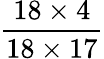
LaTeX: \frac{18\times 4}{18\times 17}